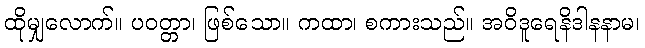
ထိုမျှလောက်။ ပဝတ္တာ၊ ဖြစ်သော။ ကထာ၊ စကားသည်။ အဝိဒူရေနိဒါနနာမ၊